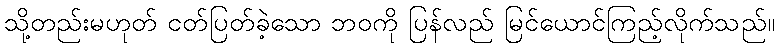
သို့တည်းမဟုတ် ငတ်ပြတ်ခဲ့သော ဘဝကို ပြန်လည် မြင်ယောင်ကြည့်လိုက်သည်။